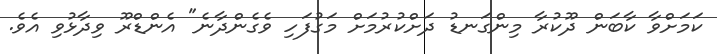
ކަމަށްވާ ކާބަން ދޫކުރާ މިންގަނޑު ދަށްކުރުމަށް މަގުފަހި ވެގެންދާނެ" އެންޑްރޫ ވިދާޅުވި އެވެ.